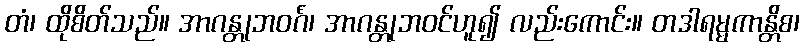
တံ၊ ထိုစိတ်သည်။ အာဂန္တုဘဝင်္ဂံ၊ အာဂန္တုဘဝင်ဟူ၍ လည်းကောင်း။ တဒါရမ္မကာန္တိစ၊